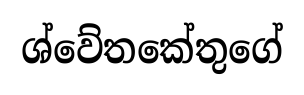
ශ්වේතකේතුගේ